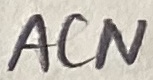
Text: ACN